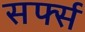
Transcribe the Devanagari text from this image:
सर्फ्स